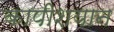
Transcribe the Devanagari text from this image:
कापीशयान